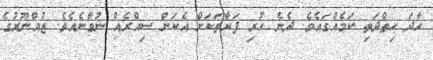
ހާދަ ހިތްދަތި ކަމެއްގައެވެ. ދެނެ ހުރި ފަރާތަކަށް އެކަން ސިއްރެއް ނުވާނެއެވެ. ޒުއްނޫރުގެ